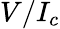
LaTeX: V/I_{c}